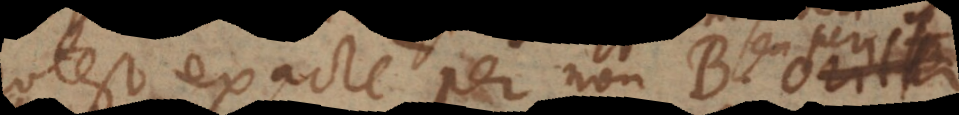
potest exacte per non-B